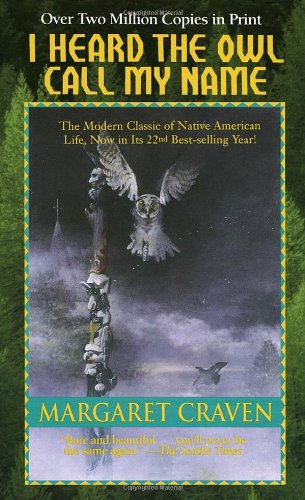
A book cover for I Heard the Owl Call My Name; Margaret Craven; Teen & Young Adult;